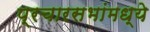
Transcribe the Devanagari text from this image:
प्रचारसभांमध्ये